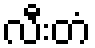
လီးတံ